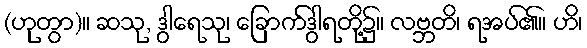
(ဟုတွာ)။ ဆသု, ဒွါရေသု၊ ခြောက်ဒွါရတို့၌။ လဗ္ဘတိ၊ ရအပ်၏။ ဟိ၊